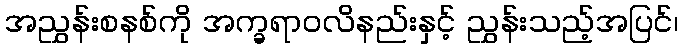
အညွှန်းစနစ်ကို အက္ခရာဝလိနည်းနှင့် ညွှန်းသည့်အပြင်၊